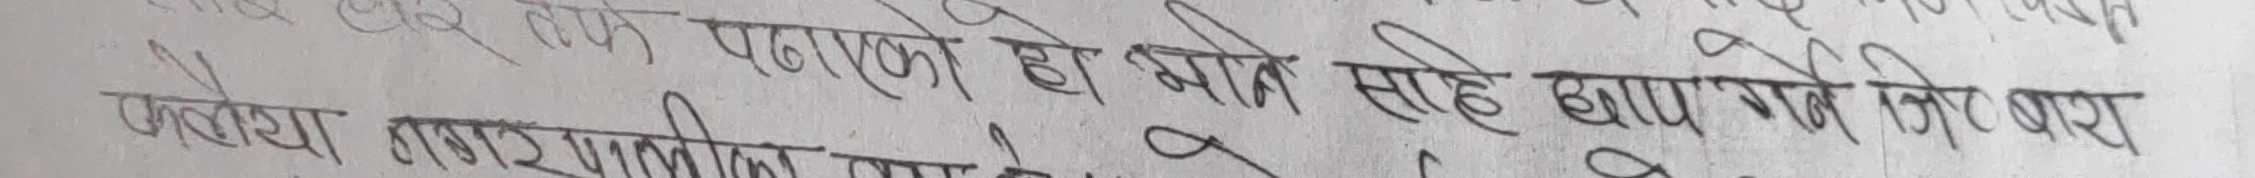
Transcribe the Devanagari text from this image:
पढाएको हो भने साह्रै राम्रो कुरा
फैलैया नगर पालिका बाट